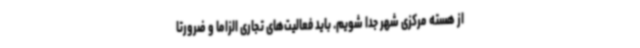
از هسته مرکزی شهر جدا شویم. باید فعالیت‌های تجاری الزاماً و ضرورتاً